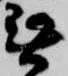
無